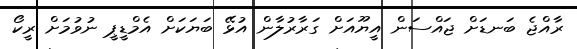
ރާއްޖެ ބަނޑަށް ޖައްސަން އީޔޫއަށް ގަރާރުލާން އުޅޭ ބަޔަކަށް އެމްޑީޕީ ނުވުމަށް ރީކޯ